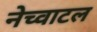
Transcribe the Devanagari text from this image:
नेच्वाटल